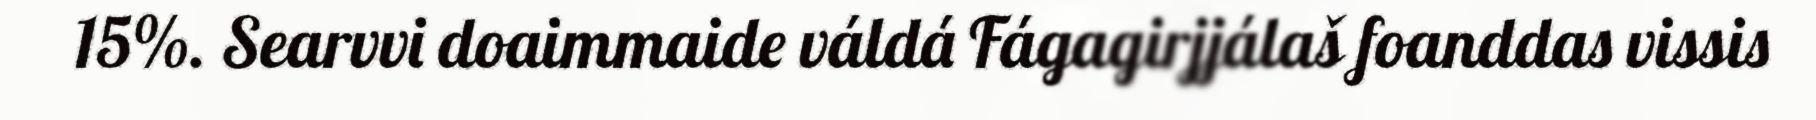
15%. Searvvi doaimmaide váldá Fágagirjjálaš foanddas vissis